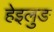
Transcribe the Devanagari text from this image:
हेइलुङ